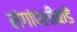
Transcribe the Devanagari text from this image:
रांगांपलीकडे